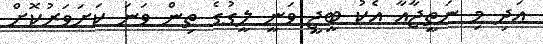
އަދި މި ނަތީޖާއާ އެކު ބީޖީ ވަނީ ލީގުގެ ތިން ވަނަ ކަށަވަރުކޮށް